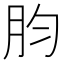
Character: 䏛